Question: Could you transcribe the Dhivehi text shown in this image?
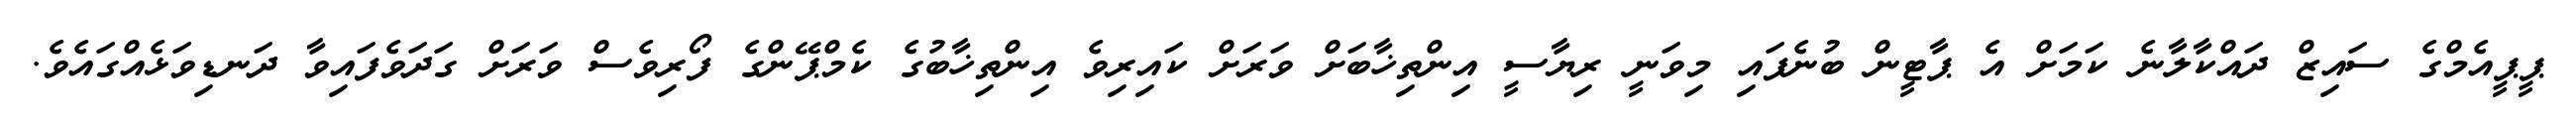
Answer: ޕީޕީއެމްގެ ސައިޒް ދައްކާލާނެ ކަމަށް އެ ޕާޓީން ބުނެފައި މިވަނީ ރިޔާސީ އިންތިޚާބަށް ވަރަށް ކައިރިވެ އިންތިޚާބުގެ ކެމްޕޭންގެ ފޯރިވެސް ވަރަށް ގަދަވެފައިވާ ދަނޑިވަޅެއްގައެވެ.